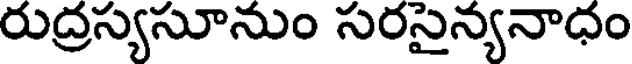
రుద్రస్యసూనుం సరసైన్యనాధం